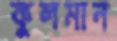
কুলমান